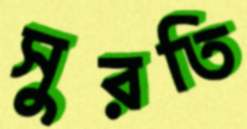
সুরতি